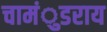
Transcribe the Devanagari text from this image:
चामंुडराय